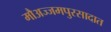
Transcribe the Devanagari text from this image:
मौअज्जमपुरसादात